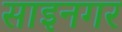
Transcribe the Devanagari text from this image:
साइनगर